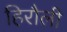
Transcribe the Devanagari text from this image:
हिरौली